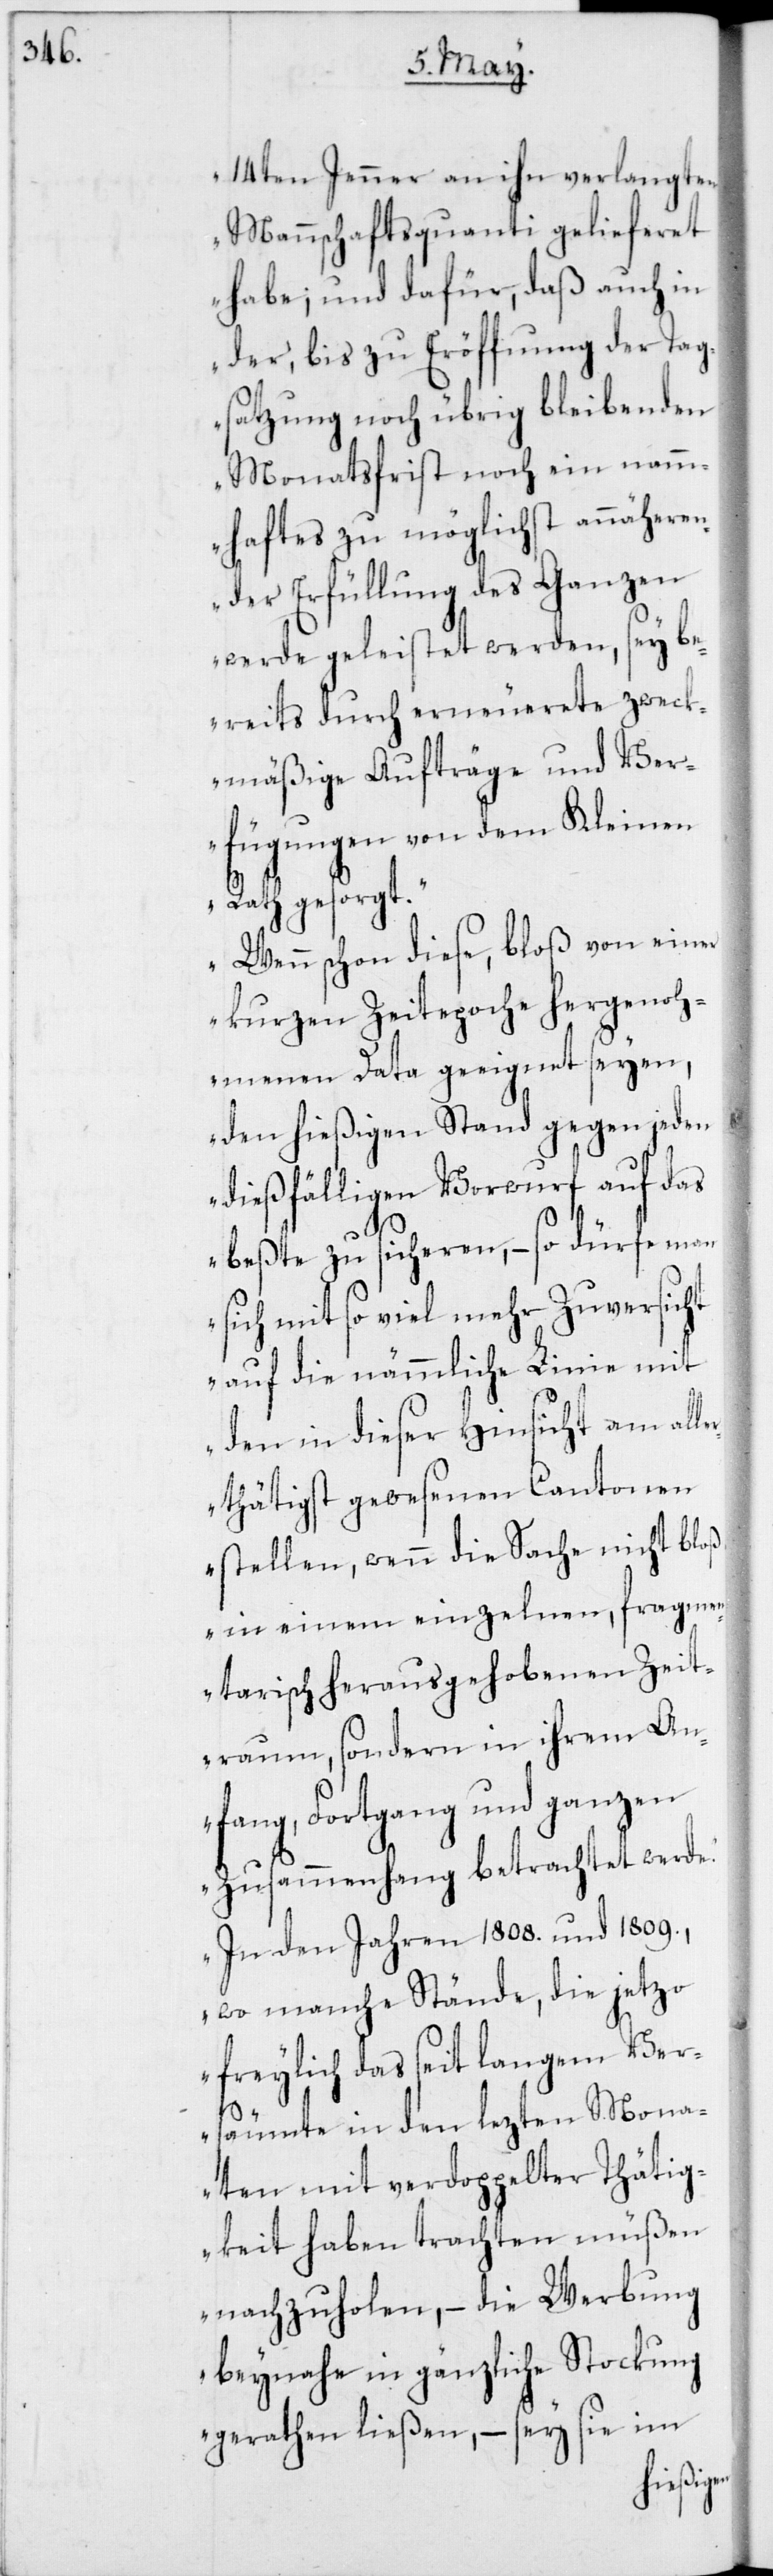
14ten Jenner an ihn verlangten
Mannschaftsquanti gelieferet
habe; und dafür, daß auch in
der, bis zur Eröffnung der Tag¬
satzung noch übrig bleibenden
Monatsfrist noch ein namm¬
haftes zu möglichst annäheren¬
der Erfüllung des Ganzen
werde geleistet werden, sey be¬
reits durch erneuerete zweck¬
mäßige Aufträge und Ver¬
fügungen von dem Kleinen
Rath gesorgt.
Wenn schon diese, bloß von einer
kurzen Zeitepoche hergenoh¬
menen Data geeignet seyen,
den hießigen Stand gegen jeden
dießfälligen Vorwurf auf das
beßte zu sicheren, – so dürfe man
sich mit so viel mehr Zuversicht
auf die nämmliche Linie mit
den in dieser Hinsicht am all¬
erthätigst gewesenen Cantonen
stellen, wenn die Sache nicht bloß
in einem einzelnen, fragmen¬
tarisch herausgehobenen Zeit¬
raum, sondern in ihrem An¬
fang, Fortgang und ganzen
Zusammenhang betrachtet werde.
In den Jahren 1808. und 1809.,
wo manche Stände die jetzo
freylich das seit langem Ve¬
rsäumte in den lezten Mona¬
ten mit verdoppelter Thätig¬
keit haben trachten müßen
nachzuholen, – die Werbung
beynahe in gänzliche Stockung
gerathen ließen, – sey sie im